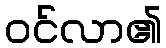
ဝင်လာ၏